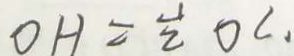
0 H = \frac { 1 } { 2 } O C .